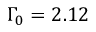
\Gamma _ { 0 } = 2 . 1 2